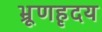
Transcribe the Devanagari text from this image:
भ्रूणहृदय